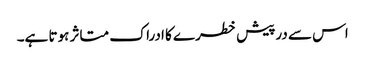
اس سے درپیش خطرے کا ادراک متاثر ہوتا ہے۔